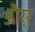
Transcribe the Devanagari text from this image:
और्र